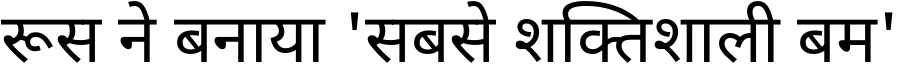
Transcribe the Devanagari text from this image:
रूस ने बनाया 'सबसे शक्तिशाली बम'